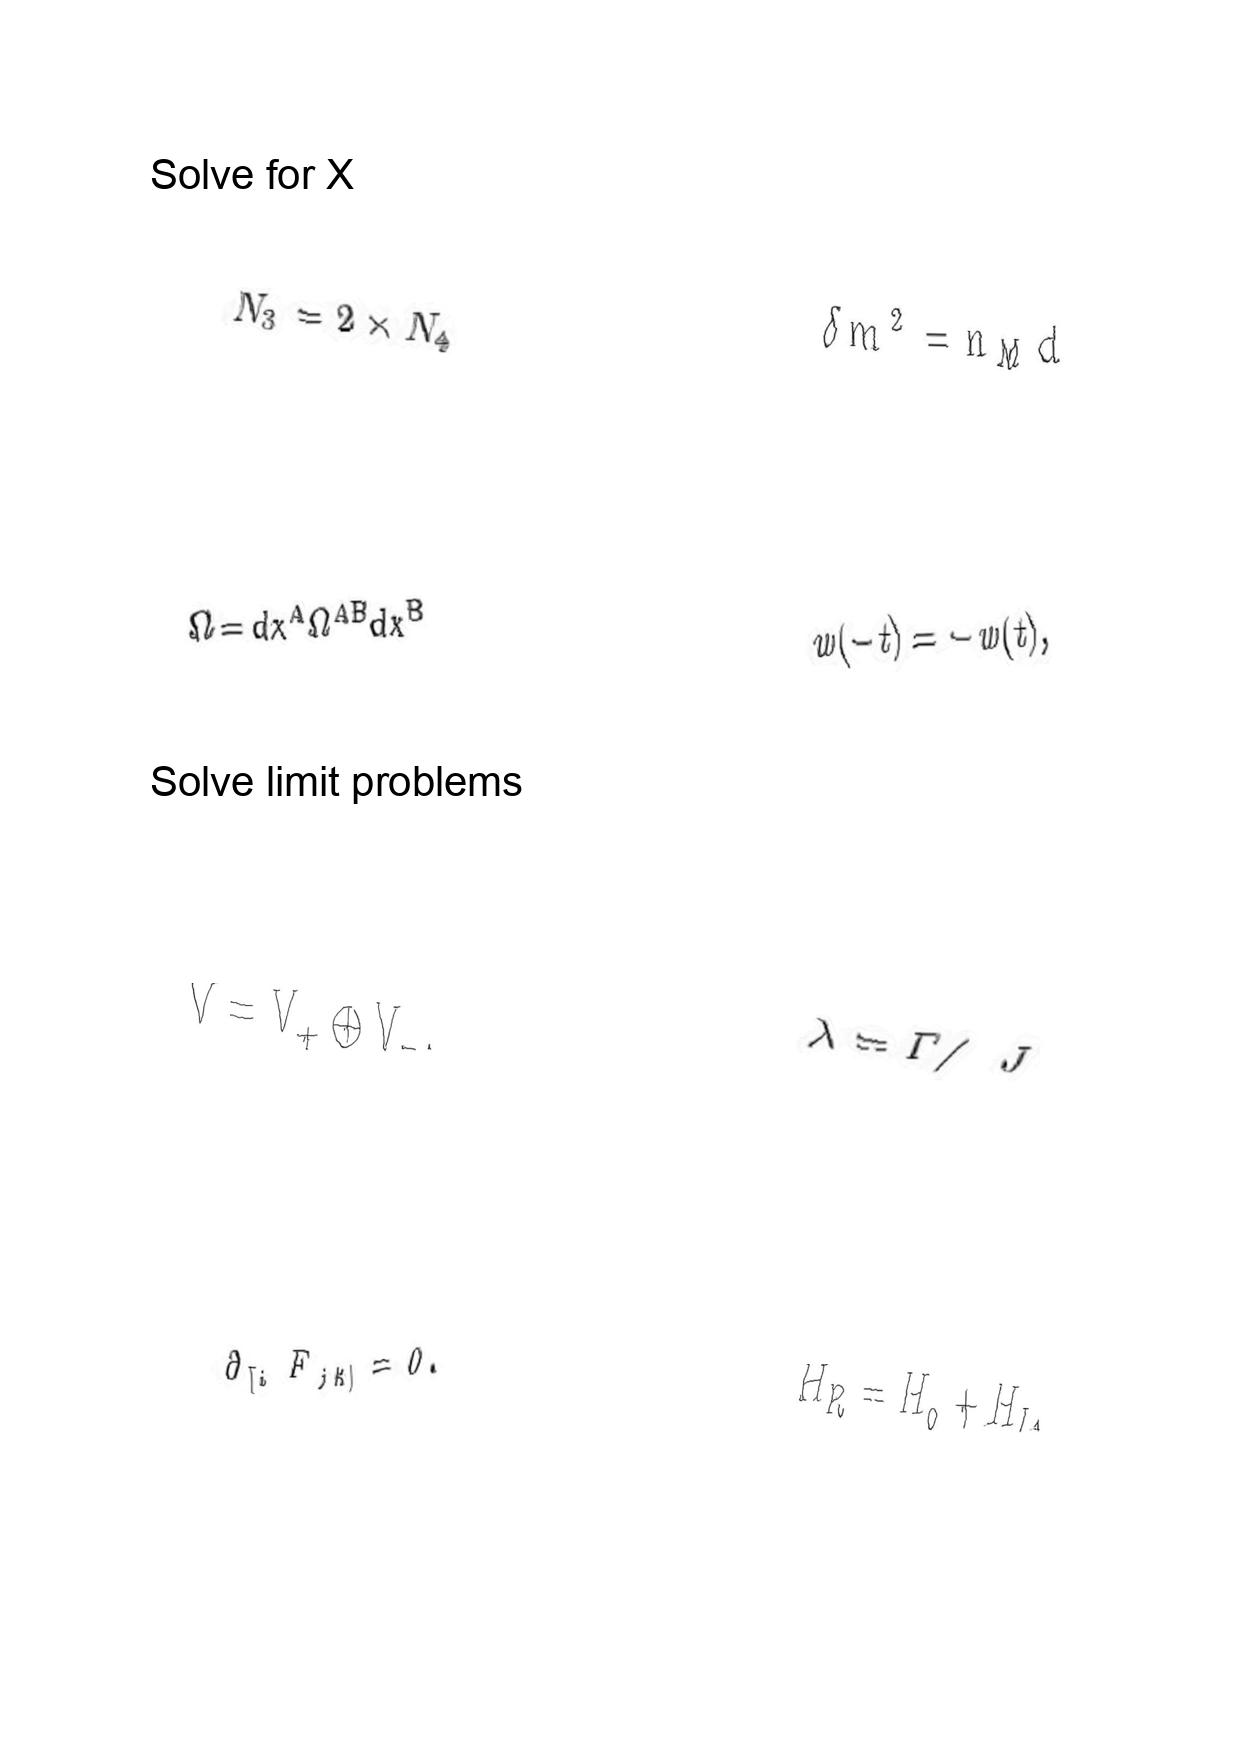
LaTeX transcription:
N _ { 3 } = 2 \times N _ { 4 }
\Omega = d x ^ { A } \Omega ^ { A B } d x ^ { B }
V = V _ { + } \oplus V _ { - } ,
\partial _ { \lbrack i } F _ { j k \rbrack } = 0 .
\delta m ^ { 2 } = n _ { \mathrm { M } } d
w \lparen - t \rparen = - w \lparen t \rparen ,
\lambda = \Gamma / J
H _ { R } = H _ { 0 } + H _ { I } ,